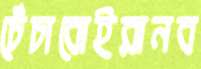
চেঁচাবোইরানব